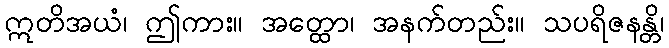
ဣတိအယံ၊ ဤကား။ အတ္ထော၊ အနက်တည်း။ သပရိဇနန္တိ၊